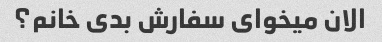
الان میخوای سفارش بدی خانم؟